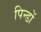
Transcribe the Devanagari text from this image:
पिन्डों